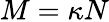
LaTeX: M=\kappa N